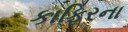
કાફિરના